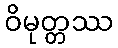
ဝိမုတ္တဿ